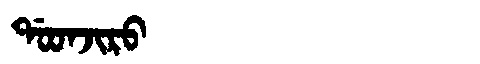
Manchu: ᡩᠣᠣᠨᠵᡳᡵᠣ
Romanization: DOONJIRO